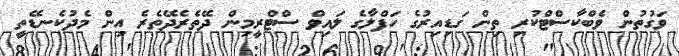
ވަގުތުން ވެބްކާސްޓްކުރި ތިން ގަޑިއިރުގެ ހަފްލާގެ ލައިވް ސްޓްރީމިން ދޭތެރެދޭތެރެ އިން މެދުކެނޑޭތީ